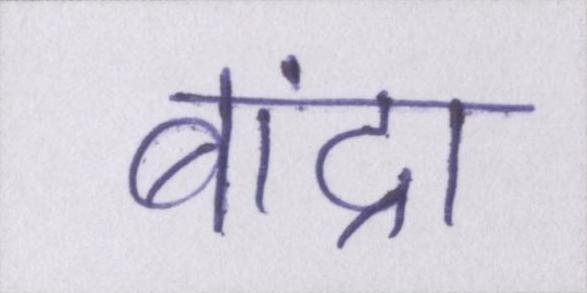
बांद्रा